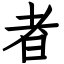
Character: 者